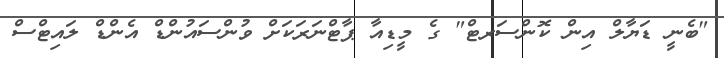
"ބެނީ ޑަޔާލް އިން ކޮންސަރޓް" ގެ މީޑިއާ ޕާޓްނަރަކަށް ވުންސައުންޑް އެންޑް ލައިޓްސް